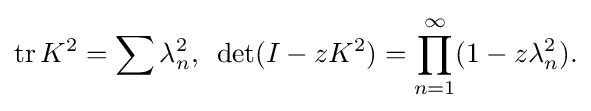
\displaystyle {\mathrm {tr} \,K^{2}=\sum \lambda _{n}^{2},\,\,\,\det(I-zK^{2})=\prod _{n=1}^{\infty }(1-z\lambda _{n}^{2}).}